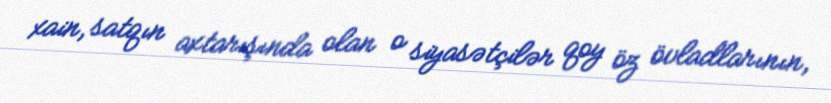
xain, satqın axtarışında olan o siyasətçilər qoy öz övladlarının,